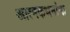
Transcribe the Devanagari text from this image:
आत्मकथनांना